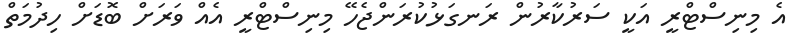
އެ މިނިސްޓްރީ އަކީ ސަރުކާރުން ރަނގަޅުކުރަންޖެހޭ މިނިސްޓްރީ އެއް ވަރަށް ބޮޑަށް ހިދުމަތް